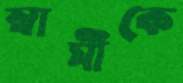
স্বামীকে